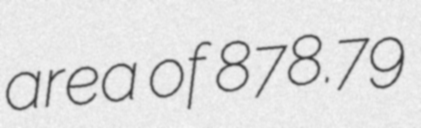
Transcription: area of 878.79